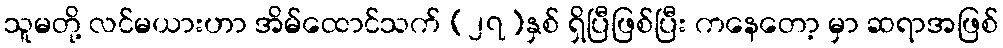
သူမတို့ လင်မယားဟာ အိမ်ထောင်သက် (၂၇)နှစ် ရှိပြီဖြစ်ပြီး ကနေတော့ မှာ ဆရာအဖြစ်